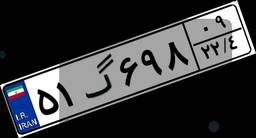
۵۱گ۶۹۸۰۹